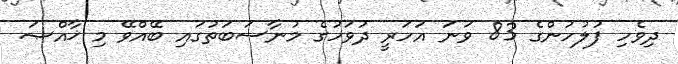
ދިވެހި ފުލުހުންގެ 83 ވަނަ އަހަރީ ދުވަހުގެ މުނާސަބަތުގައި ބޭއްވޭ މި ޚާއްޞަ